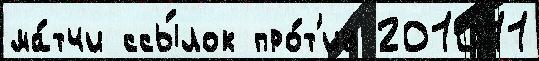
ма́тчи ссы́лок про́т'ив 201011